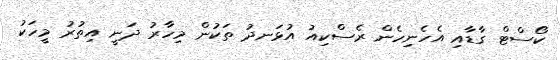
ކޯސްޓް ގާޑާއި އެހެނިހެން ރެސްކިއު އުޅަނދު ތަކުން މިހާރު ދަނީ އިތުރު މީހަކު